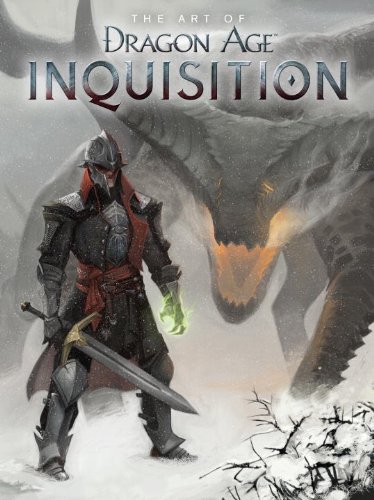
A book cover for The Art of Dragon Age: Inquisition; Bioware; Humor & Entertainment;